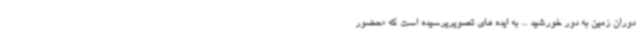
دوران زمین به دور خورشید ... به ایده های تصویریرسیده است که «حضور